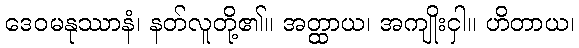
ဒေဝမနုဿာနံ၊ နတ်လူတို့၏။ အတ္ထာယ၊ အကျိုးငှါ။ ဟိတာယ၊